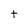
Character: t